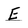
Character: E